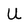
Character: U